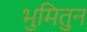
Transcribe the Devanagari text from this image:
भुमितुन